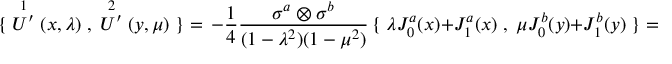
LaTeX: \{ \; \stackrel { 1 } { U ^ { \prime } } ( x , \lambda ) \; , \; \stackrel { 2 } { U ^ { \prime } } ( y , \mu ) \; \} = \, - \frac { 1 } { 4 } \frac { \sigma ^ { a } \otimes \sigma ^ { b } } { ( 1 - \lambda ^ { 2 } ) ( 1 - \mu ^ { 2 } ) } \, \{ \; \lambda J _ { 0 } ^ { a } ( x ) + J _ { 1 } ^ { a } ( x ) \; , \; \mu J _ { 0 } ^ { b } ( y ) + J _ { 1 } ^ { b } ( y ) \; \} =